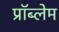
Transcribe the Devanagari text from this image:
प्राॅब्लेम